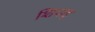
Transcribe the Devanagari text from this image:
शिपाइ